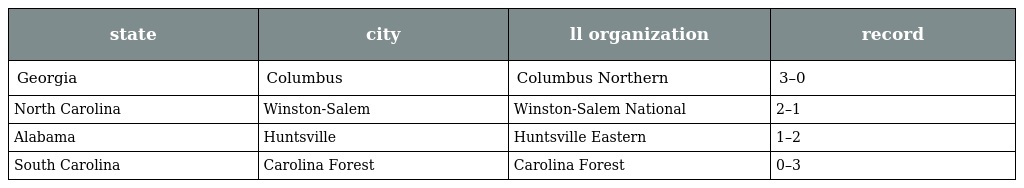
| state | city | ll organization | record |
 | --- | --- | --- | --- |
 | Georgia | Columbus | Columbus Northern | 3–0 |
 | North Carolina | Winston-Salem | Winston-Salem National | 2–1 |
 | Alabama | Huntsville | Huntsville Eastern | 1–2 |
 | South Carolina | Carolina Forest | Carolina Forest | 0–3 |